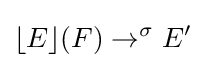
\lfloor E\rfloor (F)\rightarrow ^{\sigma }E'